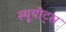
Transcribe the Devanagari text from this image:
स्यूयीट्स